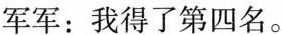
军军：我得了第四名。